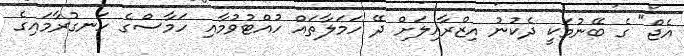
އެޖް" ގެ ބޭނުމަކީ ދެކުނު އިޒްރާއިލަށް ދޭ ހަމަލާތައް ހުއްޓުވުމާއި ހަމާސްގެ ހަނގުރާމައިގެ